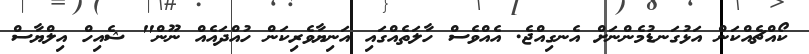
ކޯއްޗެއްކަން އަޅުގަނޑުމެންނަށް އެނގިއްޖެ. އެއްވެސް ހާލަތެއްގައި އަނިޔާވެރިކަން ހުއްދައެއް ނޫން" ޝެއިހް އިލްޔާސް